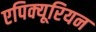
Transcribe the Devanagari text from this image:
एपिक्यूरियन